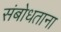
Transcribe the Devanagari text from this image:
संबोधताना